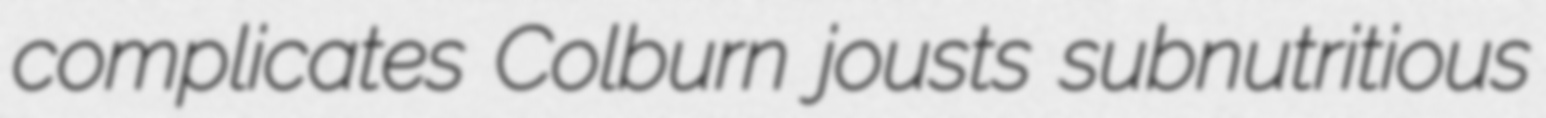
complicates Colburn jousts subnutritious